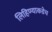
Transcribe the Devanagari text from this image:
लिहिण्याकडेच